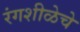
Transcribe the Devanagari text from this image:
रंगशीळेचे